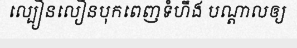
ល្បឿនលឿនបុកពេញទំហឹង បណ្តាលឲ្យ